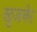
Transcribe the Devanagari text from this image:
खुजनेर